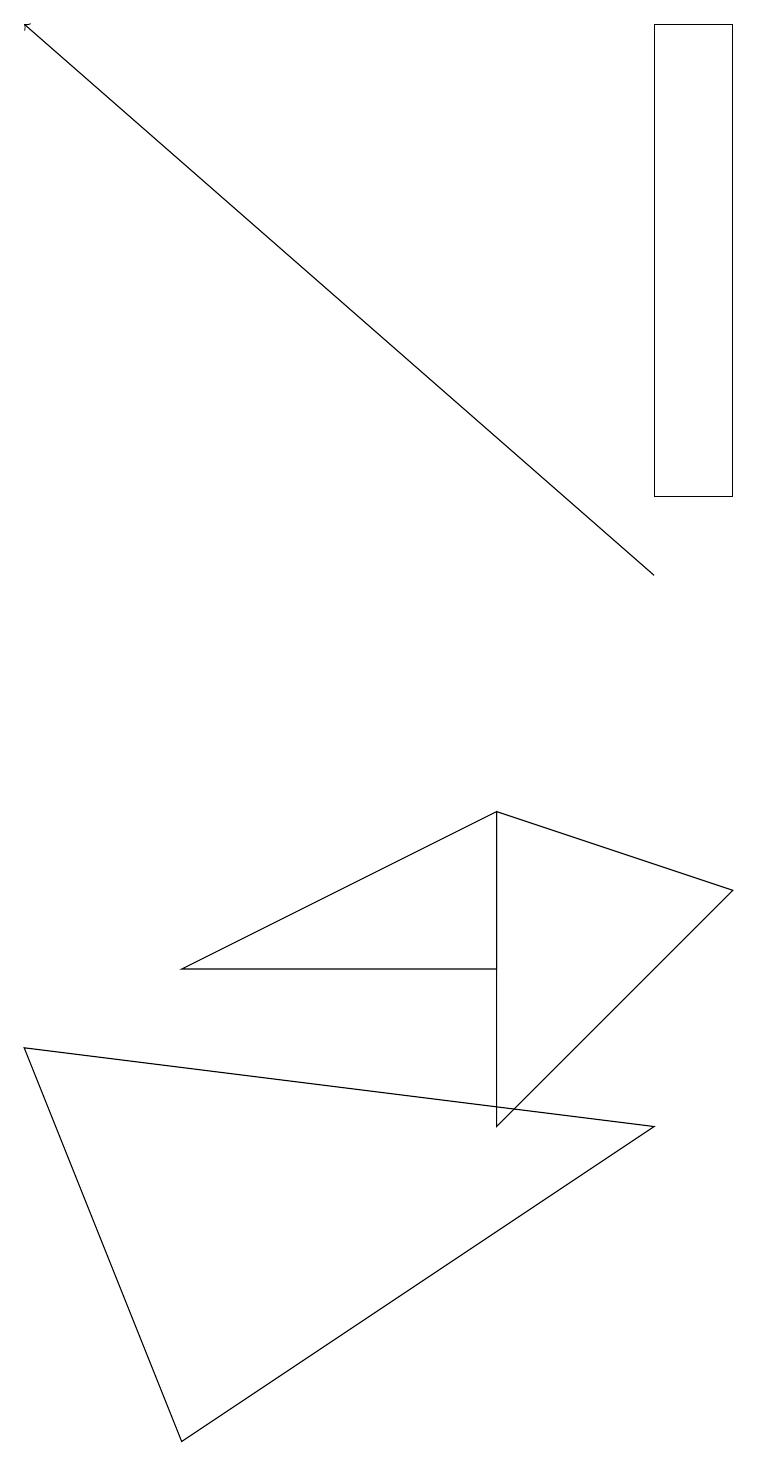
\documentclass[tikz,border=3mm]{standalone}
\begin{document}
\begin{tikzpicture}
\draw (2,1) -- (8,5) -- (0,6) -- cycle;
\draw (6,9) -- (6,5) -- (9,8) -- cycle;
\draw (8,13) rectangle (9,19);
\draw[->] (8,12) -- (0,19);
\draw (6,7) -- (6,9) -- (2,7) -- cycle;
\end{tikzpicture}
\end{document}